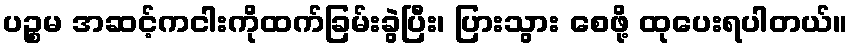
ပဉ္စမ အဆင့်ကငါးကိုထက်ခြမ်းခွဲပြီး၊ ပြားသွား စေဖို့ ထုပေးရပါတယ်။